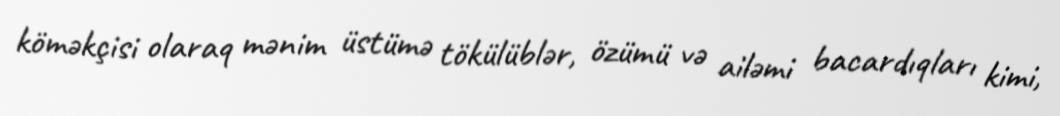
köməkçisi olaraq mənim üstümə tökülüblər, özümü və ailəmi bacardıqları kimi,